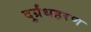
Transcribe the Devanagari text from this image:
दुर्ग्रंधहरण